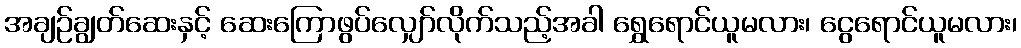
အချဉ်ချွတ်ဆေးနှင့် ဆေးကြောဖွပ်လျှော်လိုက်သည့်အခါ ရွှေရောင်ယူမလား၊ ငွေရောင်ယူမလား၊